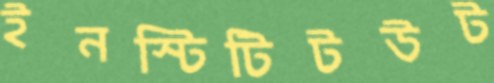
ইনস্টিটিটউট